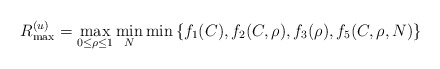
\begin{align*}R^{(u)}_{\max}=\max_{0\leq\rho\leq 1} \min_N\min\left\{f_1(C),f_2(C,\rho),f_3(\rho),f_5(C,\rho,N)\right\}\end{align*}